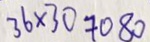
3 6 \times 3 0 = 1 0 8 0